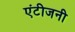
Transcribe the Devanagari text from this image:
एंटीजनी